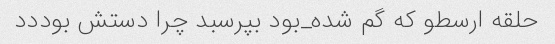
حلقه ارسطو که گم شده_بود بپرسبد چرا دستش بوددد